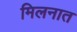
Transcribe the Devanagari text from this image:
मिलनात